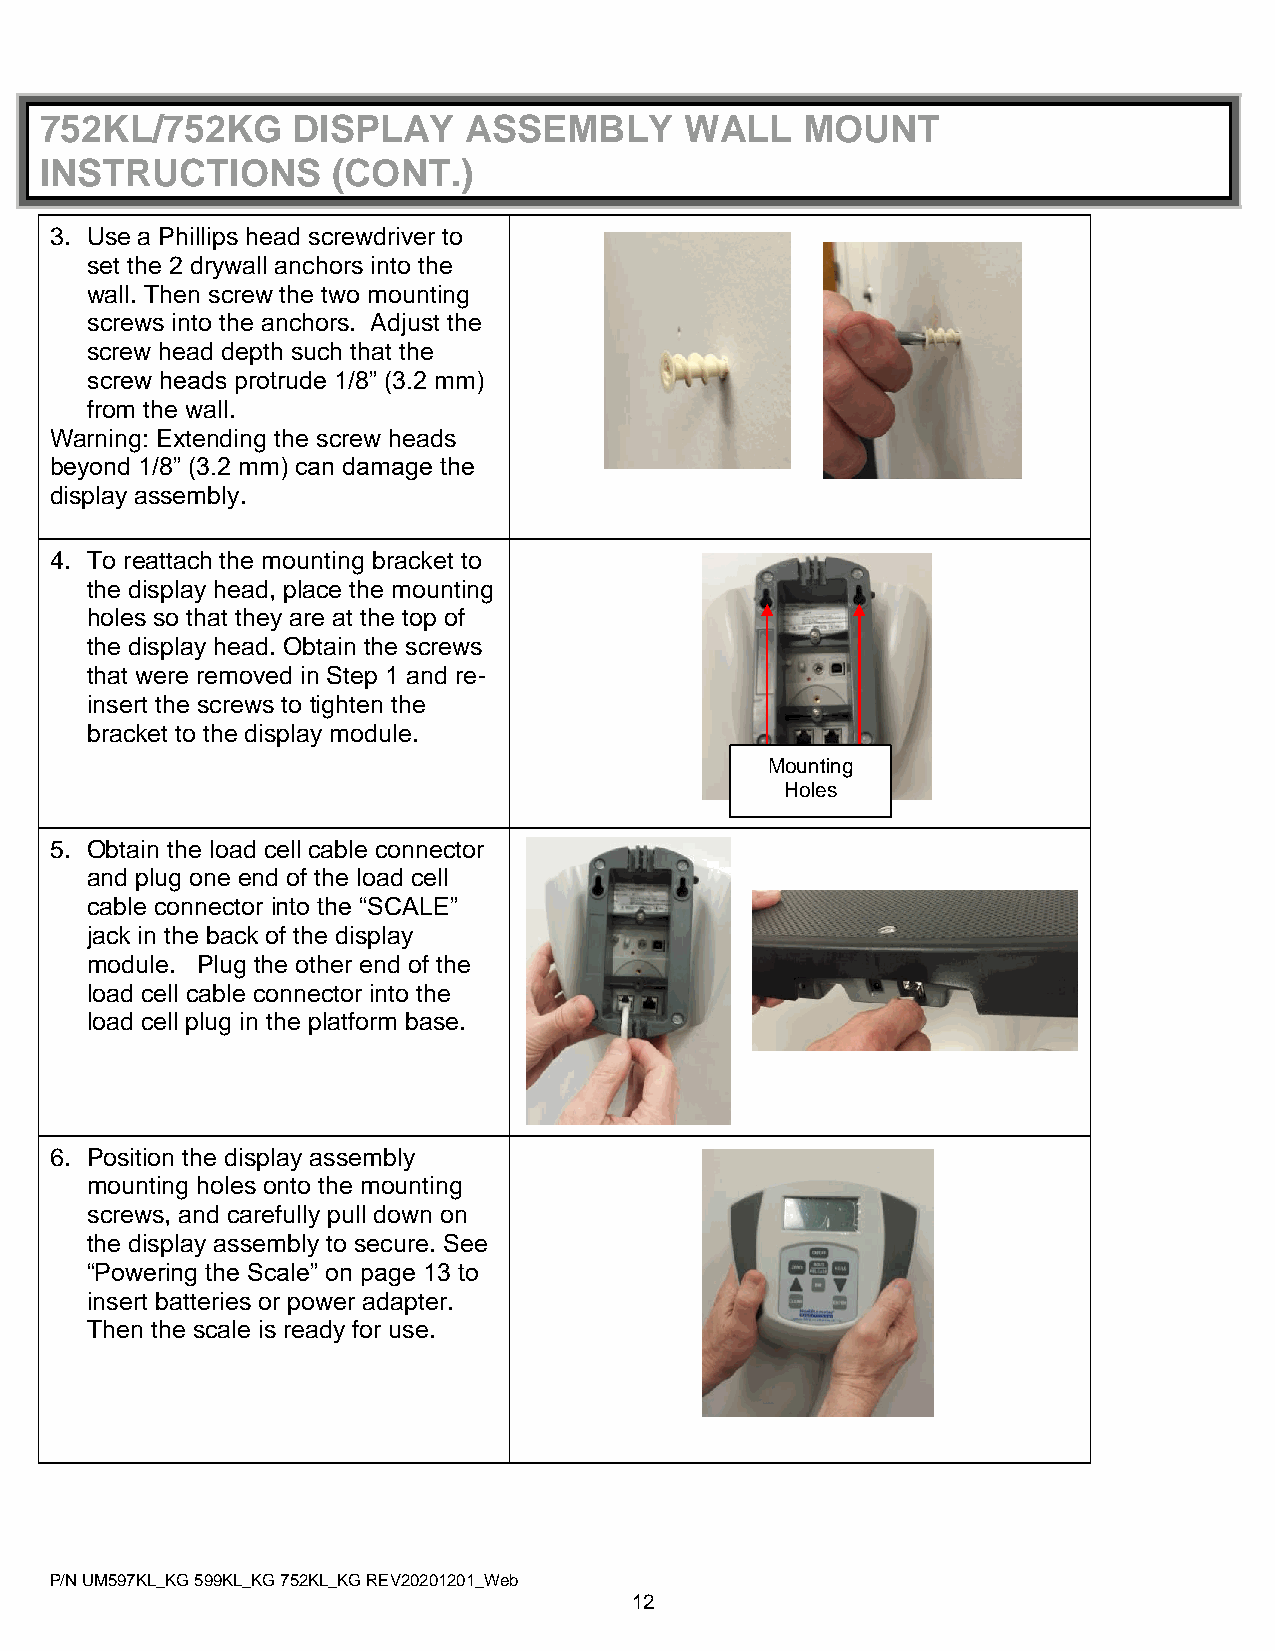
752KL/752KG     DISPLAY     ASSEMBLY      WALL    MOUNT
 INSTRUCTIONS       (CONT.)
 3. Use a Phillips head screwdriver to
 set the 2 drywall anchors into the
 wall. Then screw the two mounting
 screws into the anchors. Adjust the
 screw head depth such that the
 screw heads protrude 1/8” (3.2 mm)
 from the wall.
 Warning: Extending the screw heads
 beyond 1/8” (3.2 mm) can damage the
 display assembly.
 4. To reattach the mounting bracket to
 the display head, place the mounting
 holes so that they are at the top of
 the display head. Obtain the screws
 that were removed in Step 1 and re-
 insert the screws to tighten the
 bracket to the display module.
 Mounting
 Holes
 5. Obtain the load cell cable connector
 and plug one end of the load cell
 cable connector into the “SCALE”
 jack in the back of the display
 module. Plug the other end of the
 load cell cable connector into the
 load cell plug in the platform base.
 6. Position the display assembly
 mounting holes onto the mounting
 screws, and carefully pull down on
 the display assembly to secure. See
 “Powering the Scale” on page 13 to
 insert batteries or power adapter.
 Then the scale is ready for use.
 P/N UM597KL_KG 599KL_KG 752KL_KG REV20201201_Web
 12